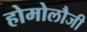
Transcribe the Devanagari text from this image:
होमोलौजी